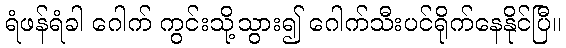
ရံဖန်ရံခါ ဂေါက် ကွင်းသို့သွား၍ ဂေါက်သီးပင်ရိုက်နေနိုင်ပြီ။